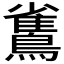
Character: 𪅓